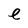
Character: e